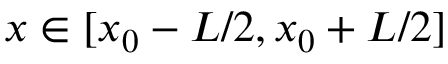
x \in [ x _ { 0 } - L / 2 , x _ { 0 } + L / 2 ]